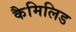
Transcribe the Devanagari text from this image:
कैमिलिड